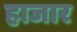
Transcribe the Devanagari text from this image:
हाजार